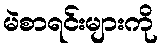
မဲစာရင်းများကို